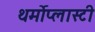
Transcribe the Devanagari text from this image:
थर्मोप्लास्टी